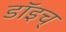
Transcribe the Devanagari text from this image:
डॉइच्